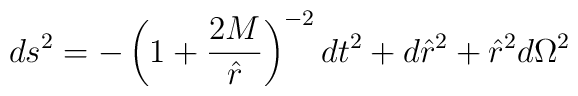
ds^{2} = - \left (1+\frac{2M}{\hat r}\right )^{-2} dt^{2} +d{\hat r}^{2} + {\hat r}^{2} d\Omega^{2}